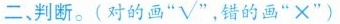
二判断。( 对的画”√”，错的画”×” )